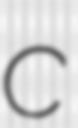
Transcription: C